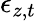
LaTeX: \epsilon_{z,t}